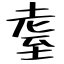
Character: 耋